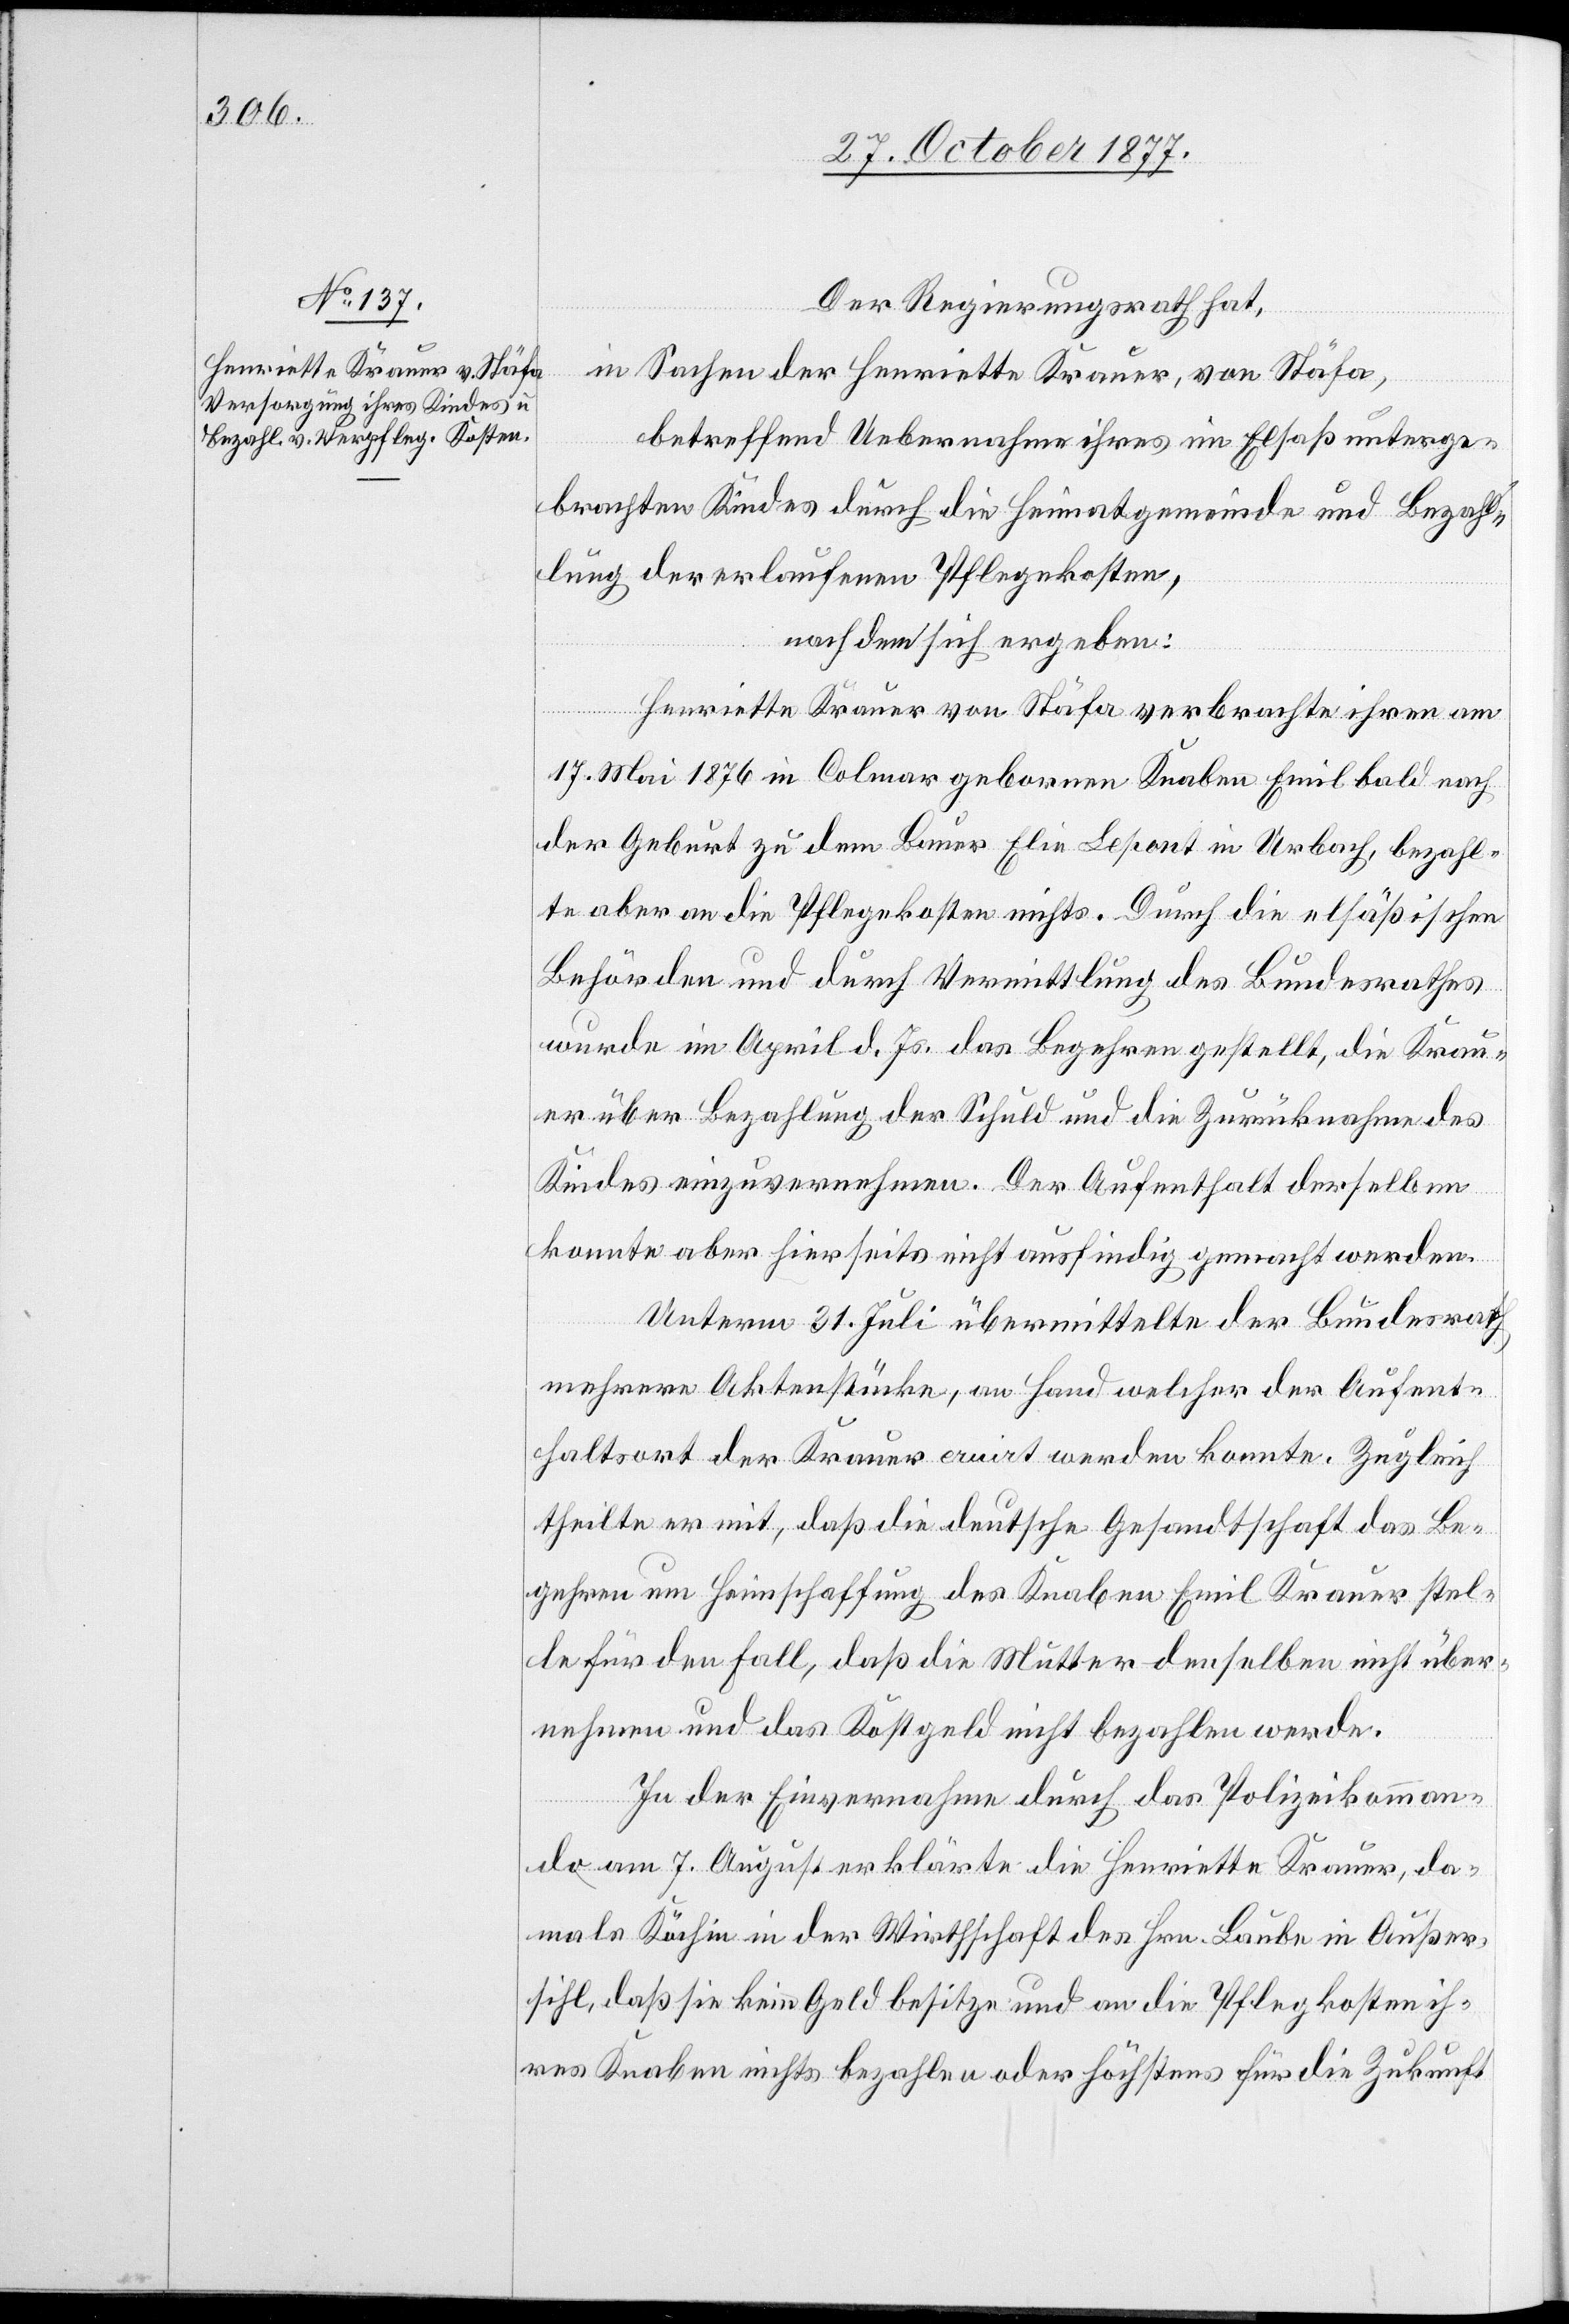
31. October 1877.]
Der Regierungsrath hat,
in Sachen der Henriette Krauer, von Stäfa,
betreffend Uebernahme ihres im Elsaß unterge¬
brachten Kindes durch die Heimatgemeinde und Bezah¬
lung der erlaufenen Pflegekosten,
nachdem sich ergeben:
Henriette Krauer von Stäfa verbrachte ihren am
17. Mai 1876 in Colmar gebornen Knaben Emil bald nach
der Geburt zu dem Bauer Elie Lepont in Urbach, bezahl¬
te aber an die Pflegekosten nichts. Durch die elsäßischen
Behörden und durch Vermittlung des Bundesrathes
wurde im April d. Js. das Begehren gestellt, die Krau¬
er über Bezahlung der Schuld und die Zurücknahme des
Kindes einzuvernehmen. Der Aufenthalt derselben
konnte aber hierseits nicht ausfindig gemacht werden.
Unterm 31. Juli übermittelte der Bundesrath
mehrere Aktenstücke, an Hand welcher der Aufent¬
haltsort der Krauer eruirt werden konnte. Zugleich
theilte er mit, daß die deutsche Gesandtschaft das Be¬
gehren um Heimschaffung des Knaben Emil Krauer stel¬
le für den Fall, daß die Mutter denselben nicht über¬
nehmen und das Kostgeld nicht bezahlen werde.
In der Einvernahme durch das Polizeikomman¬
do am 7. August erklärte die Henriette Krauer, da¬
mals Köchin in der Wirthschaft des Hrn. Laube in Außer¬
sihl, daß sie kein Geld besitze und an die Pflegkosten ih¬
res Knaben nichts bezahlen oder höchstens für die Zukunft